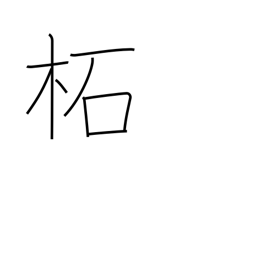
Meaning: wild mulberry